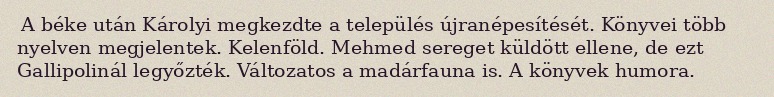
A béke után Károlyi megkezdte a település újranépesítését. Könyvei több nyelven megjelentek. Kelenföld. Mehmed sereget küldött ellene, de ezt Gallipolinál legyőzték. Változatos a madárfauna is. A könyvek humora.